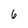
Character: 6